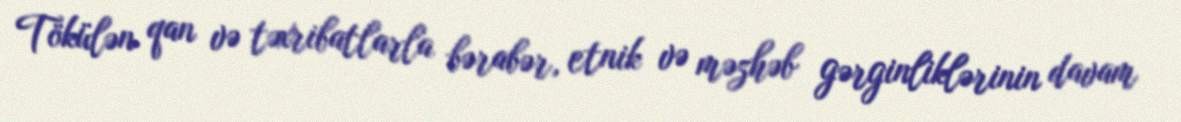
Tökülən qan və təxribatlarla bərabər, etnik və məzhəb gərginliklərinin davam